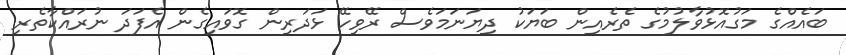
ބައެއްގެ މަގުއޮޅުވާލުމުގެ ތެރެއިން ބަޔަކު ދިޔަނަމަވެސް ރޭވިހޭ ޅަދަރިން ގޮވައިގެން އެފަދަ ނުރައްކާތެރި